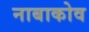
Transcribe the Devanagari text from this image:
नाबाकोव